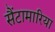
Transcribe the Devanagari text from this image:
सैंटामारिया